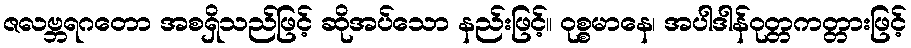
ဇလဗ္ဘရဂတော အစရှိသည်ဖြင့် ဆိုအပ်သော နည်းဖြင့်။ ဝုစ္စမာနေ၊ အပါဒါန်ဝုတ္တကတ္တားဖြင့်